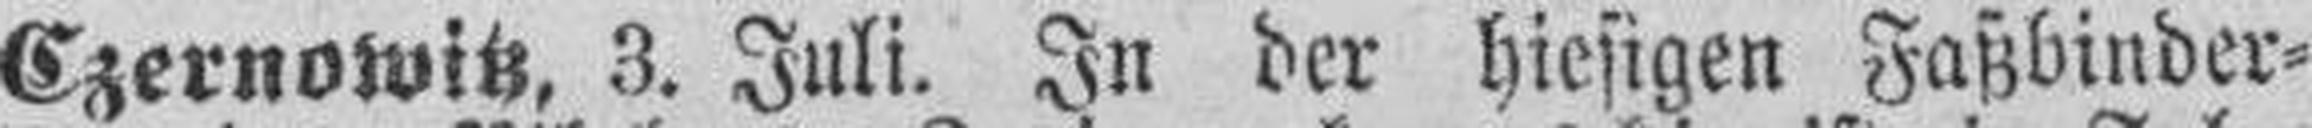
Czernowitz, 3. Juli. In der hiesigen Faßbinder¬